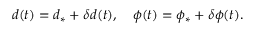
d ( t ) = d _ { \ast } + \delta d ( t ) , \quad \phi ( t ) = \phi _ { \ast } + \delta \phi ( t ) .